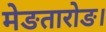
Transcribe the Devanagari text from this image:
मेङतारोङ।